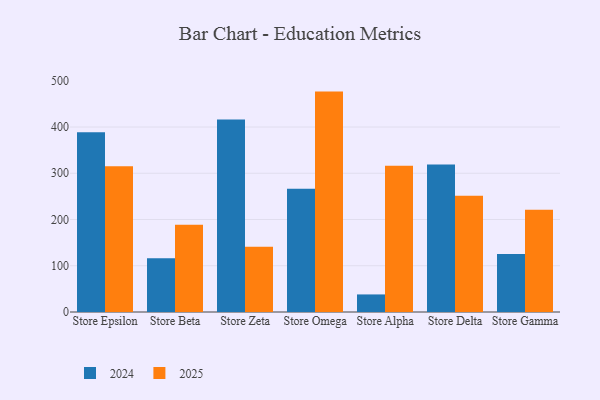
{"axis": {"x": "Store", "y": "Inventory Turnover"}, "legend": ["2024", "2025"], "data": [{"x": "Store Epsilon", "y": 315.3, "type": "2025"}, {"x": "Store Epsilon", "y": 388.5, "type": "2024"}, {"x": "Store Beta", "y": 188.6, "type": "2025"}, {"x": "Store Beta", "y": 116.4, "type": "2024"}, {"x": "Store Zeta", "y": 141.0, "type": "2025"}, {"x": "Store Zeta", "y": 416.5, "type": "2024"}, {"x": "Store Omega", "y": 476.6, "type": "2025"}, {"x": "Store Omega", "y": 266.3, "type": "2024"}, {"x": "Store Alpha", "y": 316.3, "type": "2025"}, {"x": "Store Alpha", "y": 38.0, "type": "2024"}, {"x": "Store Delta", "y": 251.6, "type": "2025"}, {"x": "Store Delta", "y": 318.7, "type": "2024"}, {"x": "Store Gamma", "y": 221.0, "type": "2025"}, {"x": "Store Gamma", "y": 125.4, "type": "2024"}]}